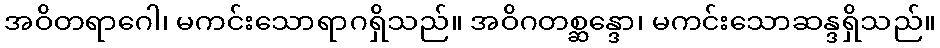
အဝိတရာဂေါ၊ မကင်းသောရာဂရှိသည်။ အဝိဂတစ္ဆန္ဒော၊ မကင်းသောဆန္ဒရှိသည်။